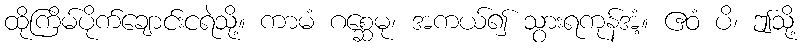
ထိုကြိမ်ပိုက်ချောင်းငရဲသို့။ ကာမံ ဂစ္ဆေမု၊ အကယ်၍ သွားရကုန်အံ့။ ဧဝံ ပိ၊ ဤသို့